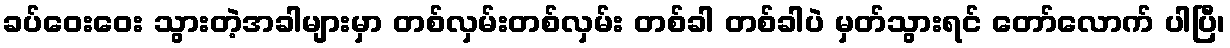
ခပ်ဝေးဝေး သွားတဲ့အခါများမှာ တစ်လှမ်းတစ်လှမ်း တစ်ခါ တစ်ခါပဲ မှတ်သွားရင် တော်လောက် ပါပြီ၊